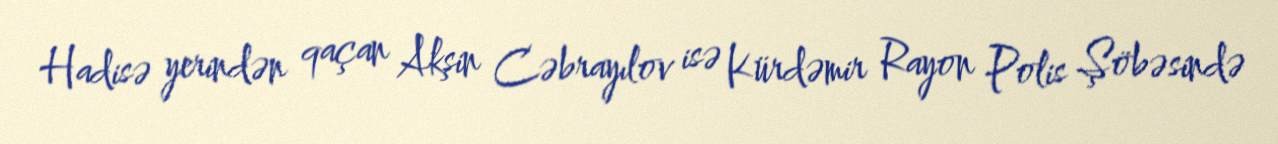
Hadisə yerindən qaçan Akşin Cəbrayılov isə Kürdəmir Rayon Polis Şöbəsində